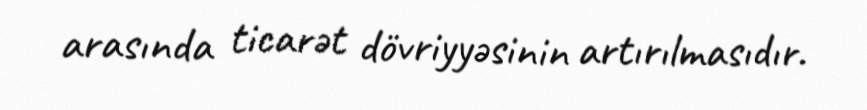
arasında ticarət dövriyyəsinin artırılmasıdır.